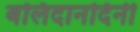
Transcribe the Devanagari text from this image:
बलिदानदिनी